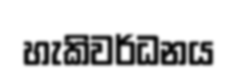
හැකිවර්ධනය